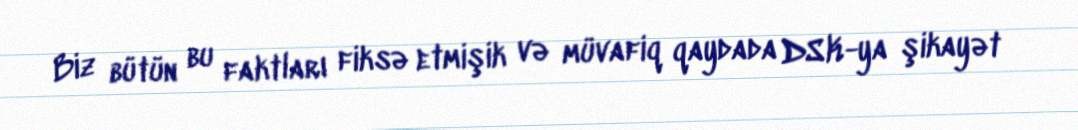
Biz bütün bu faktları fiksə etmişik və müvafiq qaydada DSK-ya şikayət